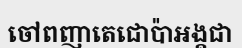
ចៅពញាតេជោប៉ាអង្គជា